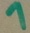
Text: 1